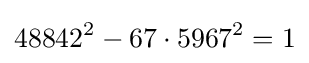
48842^{2}-67\cdot 5967^{2}=1